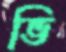
ভি